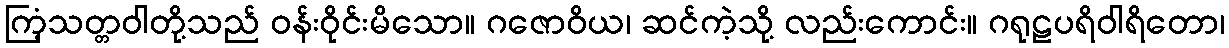
ကြံ့သတ္တဝါတို့သည် ဝန်းဝိုင်းမိသော။ ဂဇောဝိယ၊ ဆင်ကဲ့သို့ လည်းကောင်း။ ဂရုဠပရိဝါရိတော၊